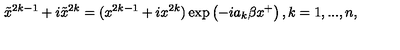
\tilde { x } ^ { 2 k - 1 } + i \tilde { x } ^ { 2 k } = ( x ^ { 2 k - 1 } + i x ^ { 2 k } ) \exp \left( - i a _ { k } \beta x ^ { + } \right) , k = 1 , . . . , n ,